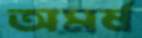
অমর্ষ